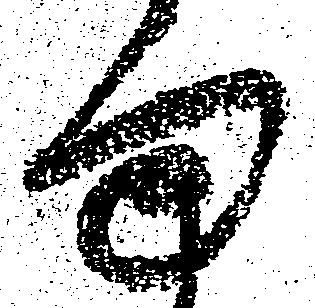
ま